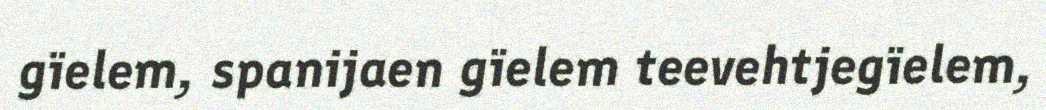
gïelem, spanijaen gïelem teevehtjegïelem,